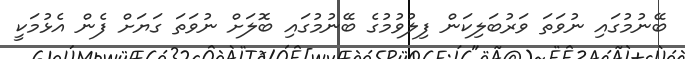
ބޭނުމުގައި ނުވަތަ ވަރުބަލިކަން ފިލުވުމުގެ ބޭނުމުގައި ބޮލަށް ނުވަތަ ގަޔަށް ފެން އެޅުމަކީ